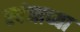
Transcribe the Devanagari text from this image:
स्पंजाच्या